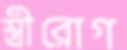
স্ত্রীরোগ